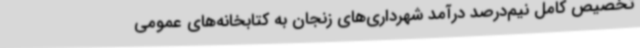
تخصیص کامل نیم‌درصد درآمد شهرداری‌های زنجان به کتابخانه‌های عمومی